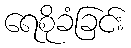
ရေစိုခံခြင်း